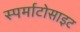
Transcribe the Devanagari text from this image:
स्पर्माटोसाइट